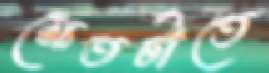
ক্ষেতটাতে